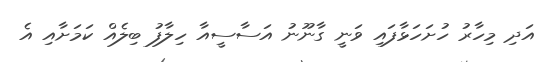
އަދި މިހާރު ހުށަހަޅާފައި ވަނީ ގާނޫނު އަސާސީއާ ހިލާފު ބިލެއް ކަމަށާއި އެ